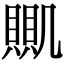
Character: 𧶹